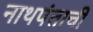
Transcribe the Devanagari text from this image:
नाथपंताची